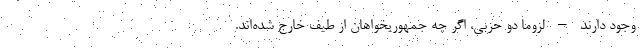
وجود دارند – لزوما دو حزبی، اگر چه جمهوریخواهان از طیف خارج شده‌اند.